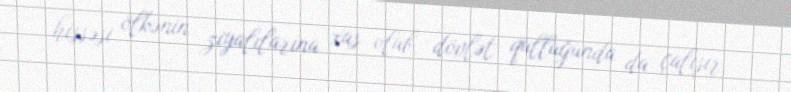
hissəsi ölkənin ziyalılarına xas olub, dövlət qulluğunda da çalışır.